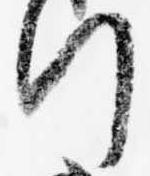
行